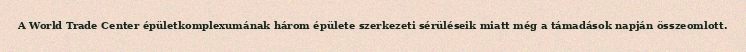
A World Trade Center épületkomplexumának három épülete szerkezeti sérüléseik miatt még a támadások napján összeomlott.